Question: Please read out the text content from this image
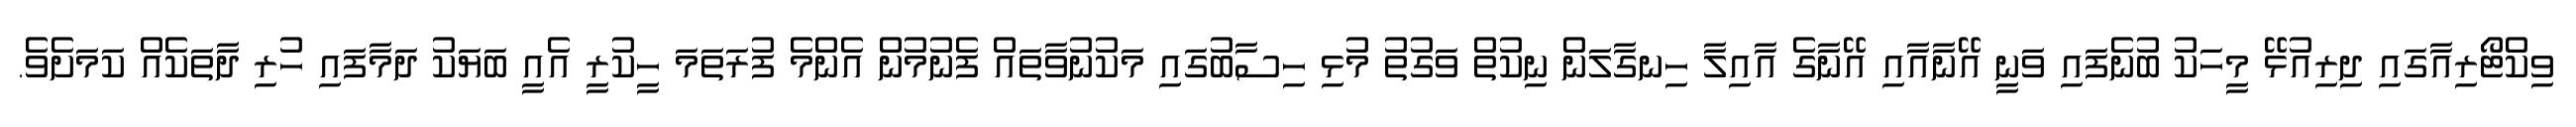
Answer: ވިކްޓޯރިއާގައި ދިރިއުޅޭ މީހަކު ބުނެފައި ވަނީ އޭނާއާއި އޭނާގެ އާއިލާ ހިނގާލަން ނިކުތް ވަގުތު މުޅި ހިސާބުގައި މަކުނުވާތައް ފެނުމުން އެންމެ ފުރަތަމަ ހީކުރީ އެއީ ބަޔަކު ދަމާފައި ހުރި ދާތަކެއް ކަމަށެވެ.